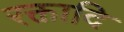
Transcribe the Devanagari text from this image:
रक्तादि